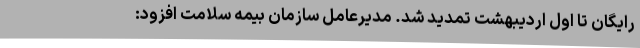
رایگان تا اول اردیبهشت تمدید شد. مدیرعامل سازمان بیمه سلامت افزود: